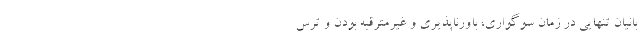
بانیان تنهایی در زمان سوگواری، باورناپذیری و غیرمترقبه بودن و ترس